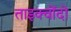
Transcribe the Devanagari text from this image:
ताइक्वोंदो